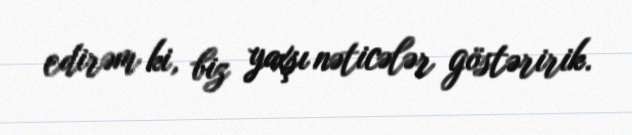
edirəm ki, biz yaxşı nəticələr göstəririk.